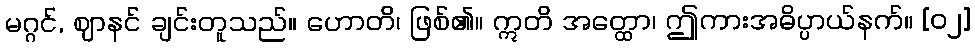
မဂ္ဂင်, ဈာနင် ချင်းတူသည်။ ဟောတိ၊ ဖြစ်၏။ ဣတိ အတ္ထော၊ ဤကားအဓိပ္ပာယ်နက်။ [၀၂]